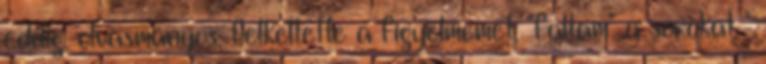
eddig, olvasmányos, felkeltette a figyelmemet, "faltam" a sorokat "